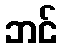
ဘင်